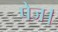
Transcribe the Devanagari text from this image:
पेज।